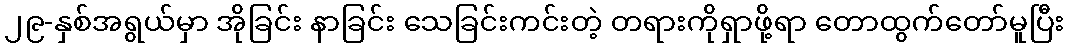
၂၉-နှစ်အရွယ်မှာ အိုခြင်း နာခြင်း သေခြင်းကင်းတဲ့ တရားကိုရှာဖို့ရာ တောထွက်တော်မူပြီး